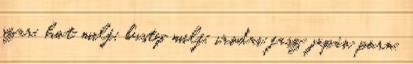
szar, hot milf, busty milf, irodai fasz japán porn,